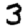
Digit: 3